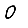
Digit: 0